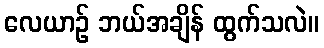
လေယာဉ် ဘယ်အချိန် ထွက်သလဲ။